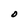
Character: O